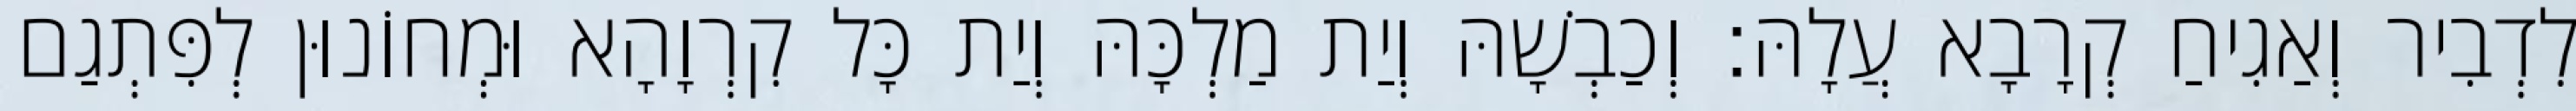
לִדְבִיר וְאַגִיחַ קְרָבָא עֲלָהּ׃ וְכַבְשָׁהּ וְיַת מַלְכָּהּ וְיַת כָּל קִרְוָהָא וּמְחוֹנוּן לְפִּתְגַם